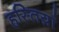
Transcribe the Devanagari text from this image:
हस्तिय़ां